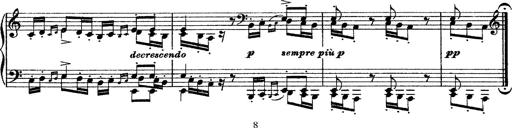
Title: Grande fantasie di bravura sur La clochette
Composer: Franz Liszt
Key: A minor